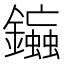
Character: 䥰